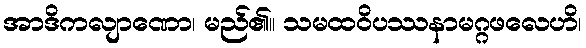
အာဒိကလျာဏော၊ မည်၏။ သမထဝိပဿနာမဂ္ဂဖလေဟိ၊